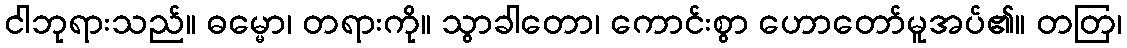
ငါဘုရားသည်။ ဓမ္မော၊ တရားကို။ သွာခါတော၊ ကောင်းစွာ ဟောတော်မူအပ်၏။ တတြ၊